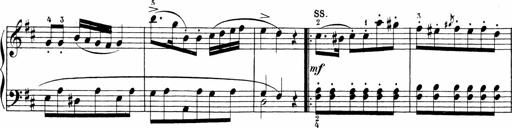
Title: Sonatinen Op.47, 98 und 136, nebst 6 Liedersonatinen
Composer: Carl Reinecke